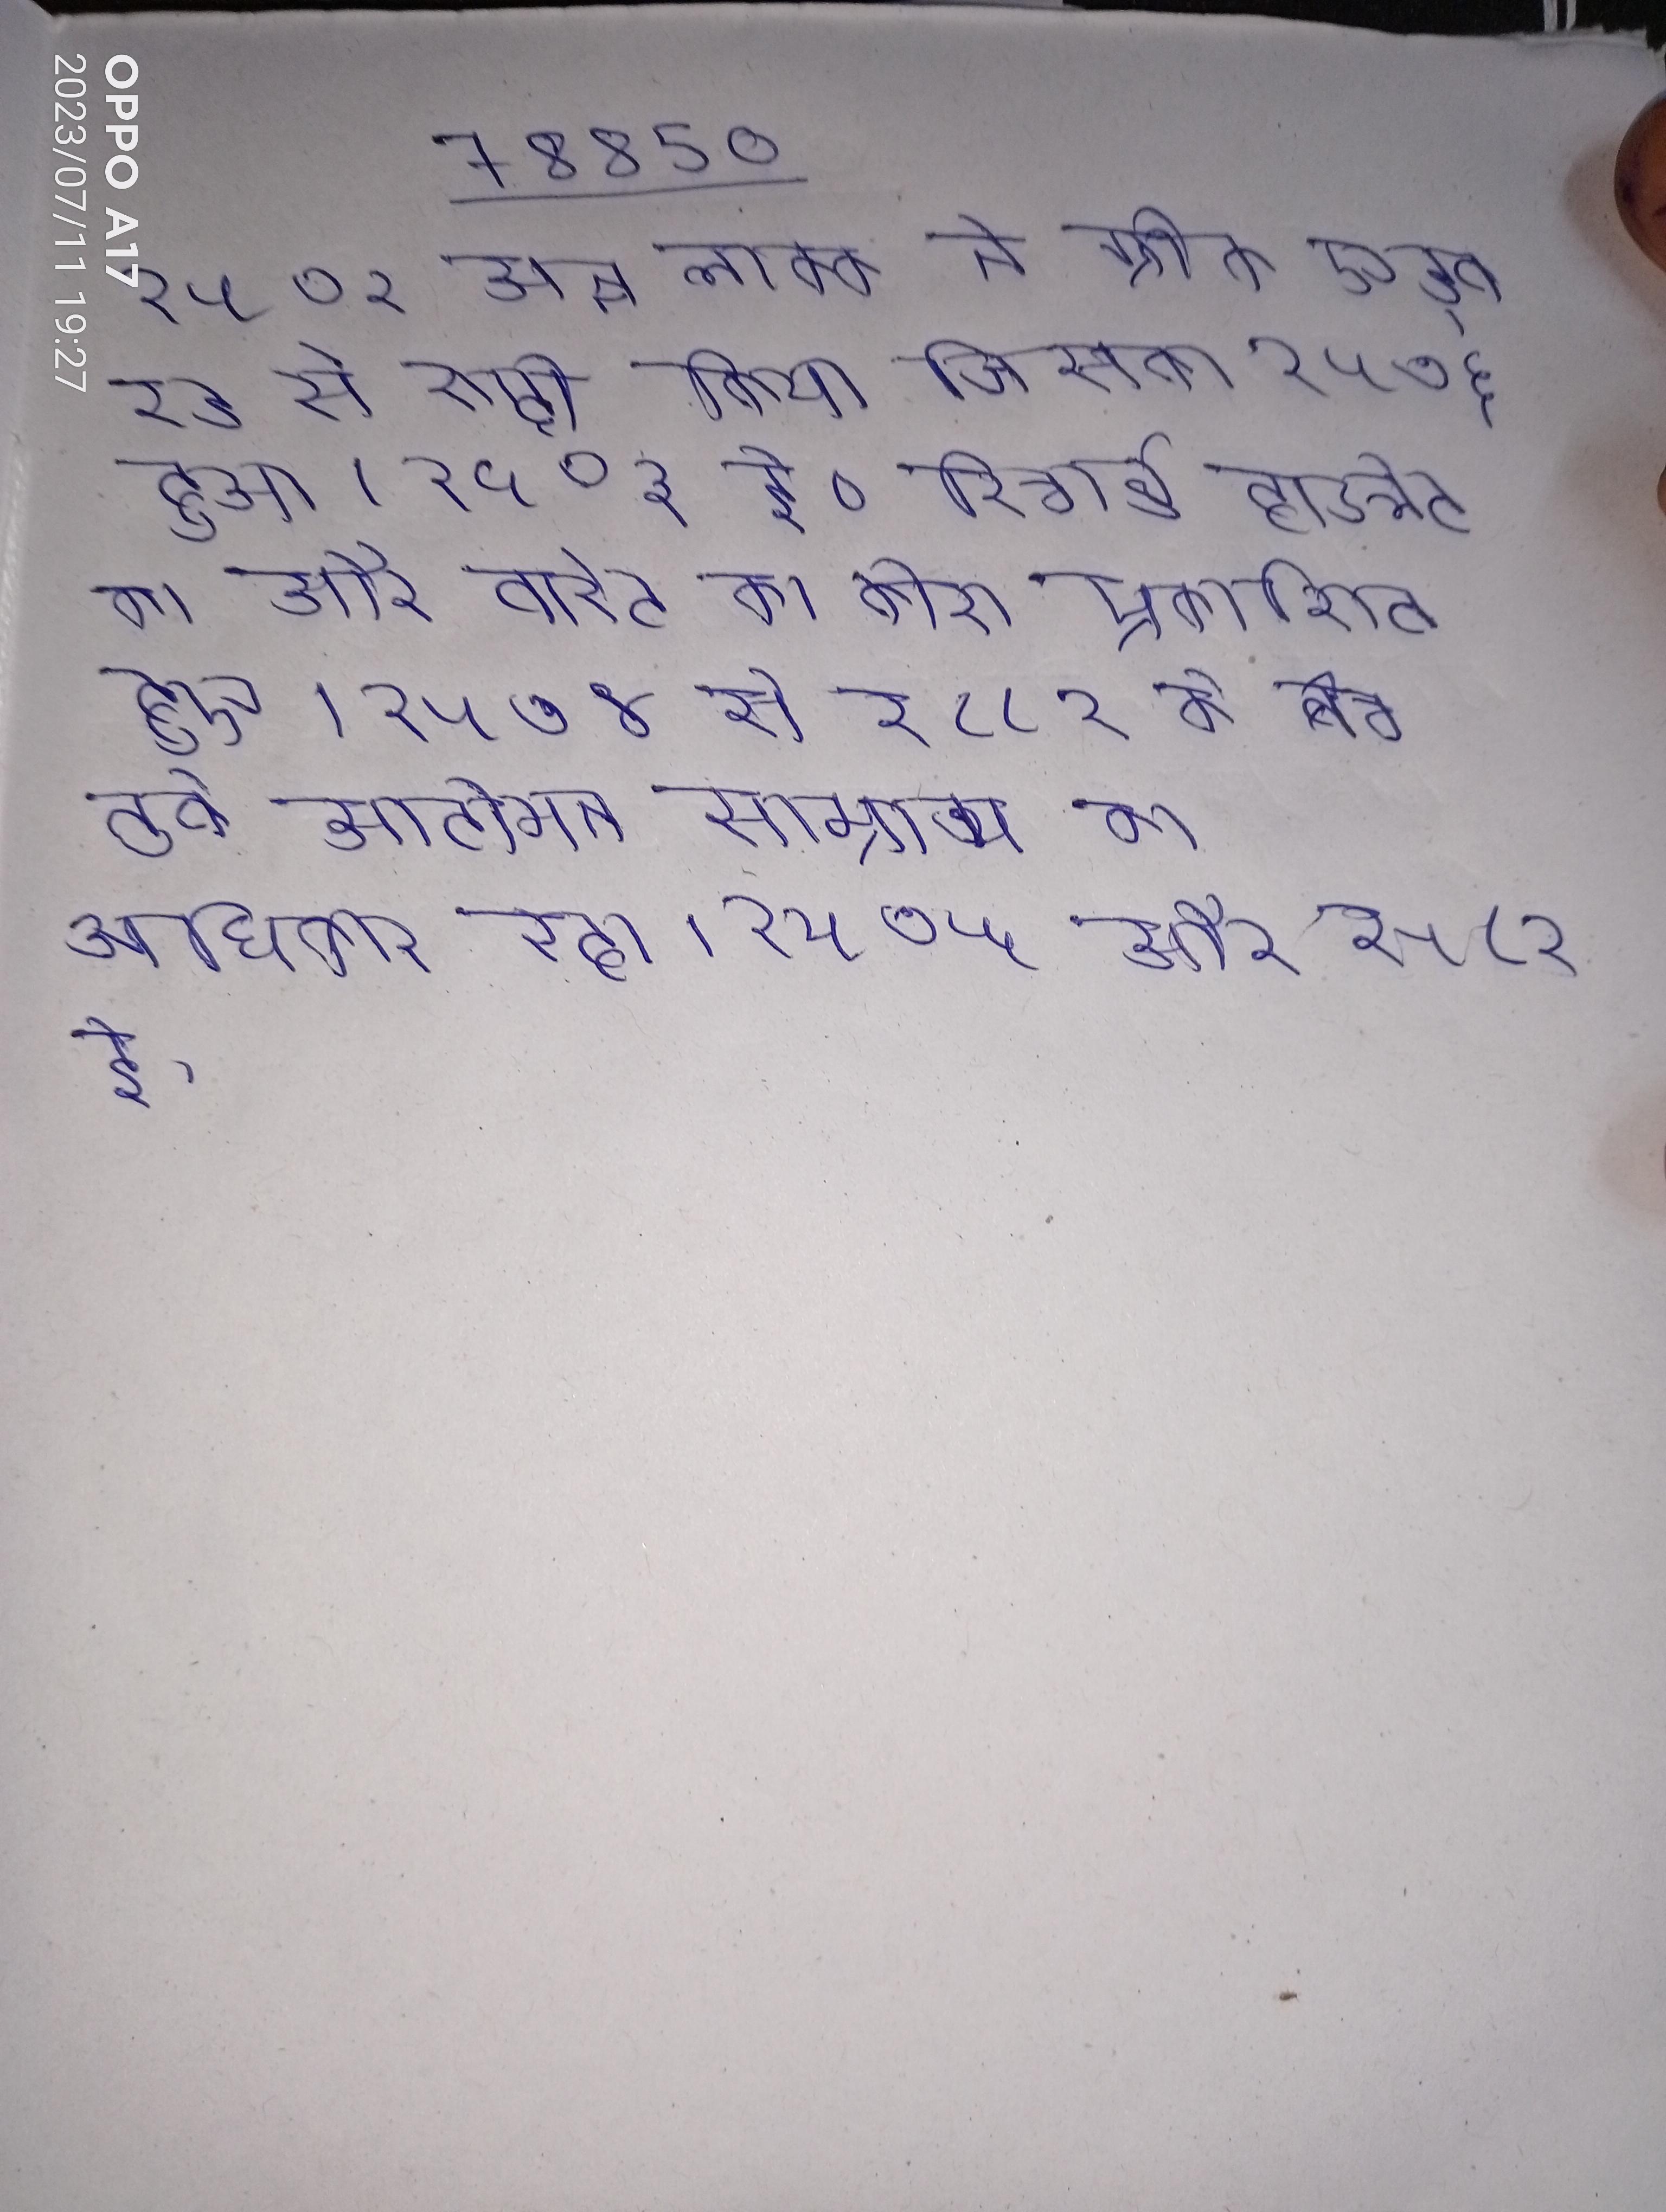
१५७२ अन्न लाक्क ने ग्रीक एड्वरड से शादी किया जिसका १५७६ हुआ । १५७३ ई० रिचार्ड हाउलेट का और वारेट का कोश प्रकाशित हुए । १५७४ से १८८१ के बीच तुर्क आटोमन साम्राज्य का अधिकार रहा । १५७५ और १५८१ ई.